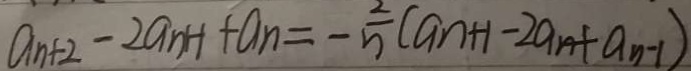
a _ { n + 2 } - 2 a _ { n H } + a _ { n } = - \frac { 2 } { n } ( a n + 1 - 2 a _ { n } + a _ { n - 1 } )